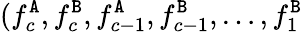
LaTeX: (f_{c}^{\tt A},f_{c}^{\tt B},f_{c-1}^{\tt A},f_{c-1}^{\tt B},\ldots,f_{1}^{\tt B}